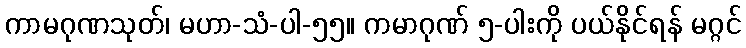
ကာမဂုဏသုတ်၊ မဟာ-သံ-ပါ-၅၅။ ကမာဂုဏ် ၅-ပါးကို ပယ်နိုင်ရန် မဂ္ဂင်